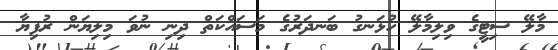
މާލޭ ސިޓީގެ ވިލިމާލޭ ހުޅަނގު ބަނދަރުގެ މަސައްކަތް ދިނި ނުވަ މިލިޔަން ރުފިޔާ